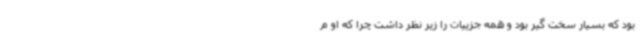
بود که بسیار سخت گیر بود و همه جزییات را زیر نظر داشت چرا که او م